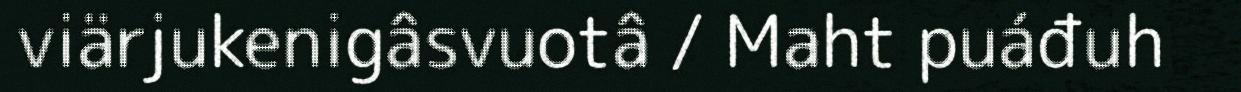
viärjukenigâsvuotâ / Maht puáđuh